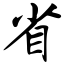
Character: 省